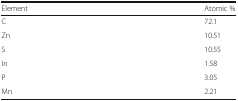
| Element | Atomic % |
 | --- | --- |
 | C | 72.1 |
 | Zn | 10.51 |
 | S | 10.55 |
 | In | 1.58 |
 | P | 3.05 |
 | Mn | 2.21 |